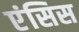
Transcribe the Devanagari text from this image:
एंसिस